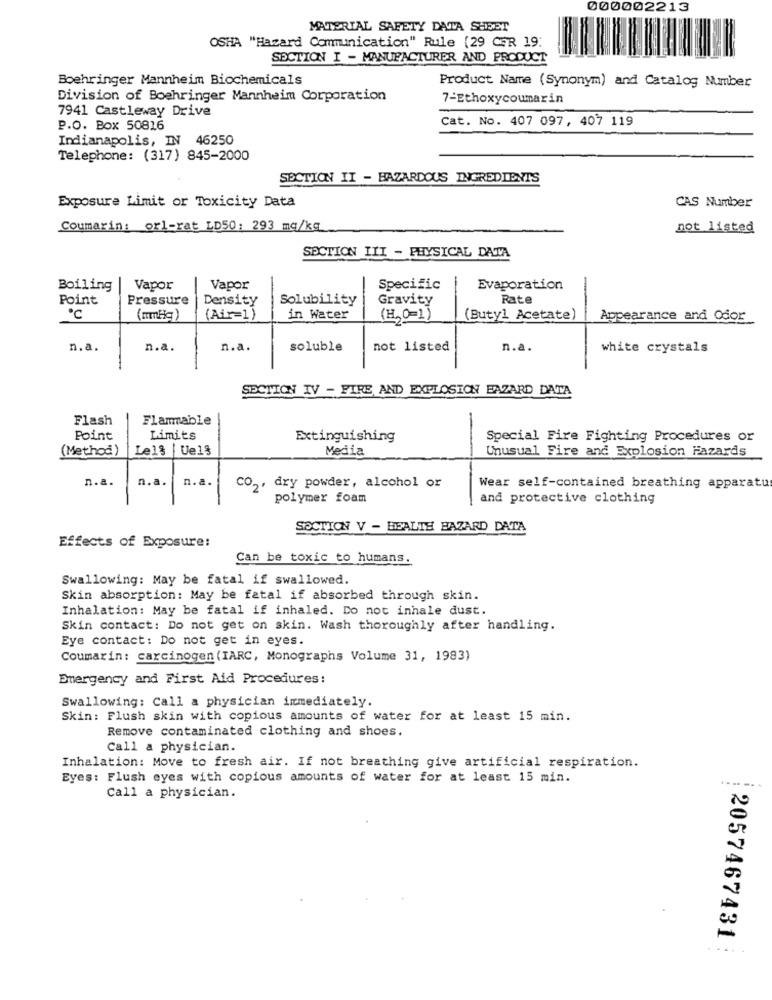
000002213
MATERIAL SAFETY DATA SHEET
OSHA "Hazard Communication" Rule (29 CER 19:
SECTION I - MANUFACTURER AND PRODUCT
Boehringer Mannheim Biochemicals
Product Name (Synonym) and Catalog Number
Division of Boehringer Mannheim Corporation
7-Ethoxycoumarin
7941 Castleway Drive
Cat. No. 407 097, 407 119
P.O. Box 50816
Indianapolis, IN 46250
Telephone: (317) 845-2000
SECTION II - HAZARDOUS INGREDIENTS
CAS Number
Exposure Limit or Toxicity Data
Coumarin: orl-rat LD50; 293 mq/kg
not listed
SECTION III - PHYSICAL DATA
Boiling
Vapor
Vapor
Specific
Evaporation
Point
Pressure
Density
Solubility
Gravity
Rate
·℃
(mmHg)
(Air=1)
in Water
(H, 0=1)
(Butyl Acetate)
Appearance and Odor
n.a.
n.a.
n.a.
soluble
not listed
n.a.
white crystals
SECTION TV - FIRE AND EXPLOSION BAZARD DATA
Flash
Flammable
-
Point
Limits
Extinguishing
Special Fire Fighting Procedures or
(Method)
Le1% |Uel$
Media
Unusual Fire and Explosion Fazards
n.a.
n.a.
n.a.
co2, dry powder, alcohol or
Wear self-contained breathing apparatu
polymer foam
and protective clothing
SECTION V - HEALTH BAZARD DATA
Effects of Exposure:
Can be toxic to humans.
Swallowing: May be fatal if swallowed.
Skin absorption: May be fatal if absorbed through skin.
Inhalation: May be fatal if inhaled. Do not inhale dust.
Skin contact: Do not get on skin. Wash thoroughly after handling.
Eye contact: Do not get in eyes.
Coumarin: carcinogen (IARC, Monographs Volume 31, 1983)
Emergency and First Aid Procedures:
Swallowing: Call a physician immediately.
Skin: Flush skin with copious amounts of water for at least 15 min.
Remove contaminated clothing and shoes.
Call a physician.
Inhalation: Move to fresh air. If not breathing give artificial respiration.
Eyes: Flush eyes with copious amounts of water for at least 15 min.
.---
Call a physician.
2057467431